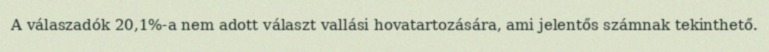
A válaszadók 20,1%-a nem adott választ vallási hovatartozására, ami jelentős számnak tekinthető.